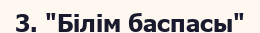
3. "Білім баспасы"